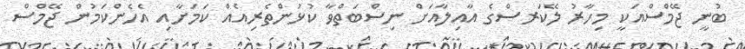
ބުނީ ޖޭމްސްއަކީ މިހާރު ލޭކަރސްގެ އާއިލާއަށް ނިސްބަތްވާ ކުޅުންތެރިއެއް ކަމަށާއި އެހެންކަމުން ޖޭމްސް